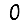
Digit: 0